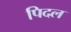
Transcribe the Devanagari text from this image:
पिदल